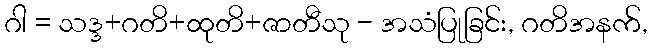
ဂါ = သဒ္ဒ+ဂတိ+ထုတိ+ဇာတီသု - အသံပြုခြင်း, ဂတိအနက်,